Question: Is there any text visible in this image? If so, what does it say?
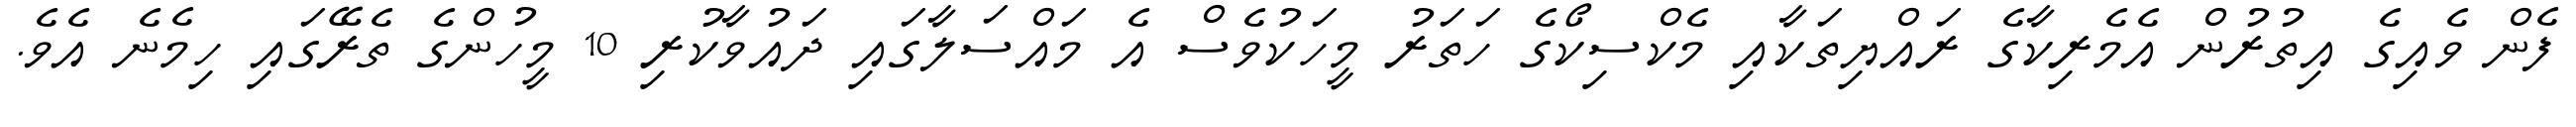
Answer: ފެން ވެއިގެ އިތުރުން އެމެރިކާގެ ރައްޔިތަކާއި މެކްސިކޯގެ ހަތަރު މީހަކުވެސް އެ މައްސަލާގައި ދައުވާކުރި 10 މީހުންގެ ތެރޭގައި ހިމެނެ އެވެ.